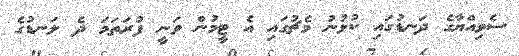
ސެވިއްޔާގެ ދަނޑުގައި ކުޅުނު މެޗުގައި އެ ޓީމުން ވަނީ ފުރަތަމަ ދެ ލަނޑުގެ